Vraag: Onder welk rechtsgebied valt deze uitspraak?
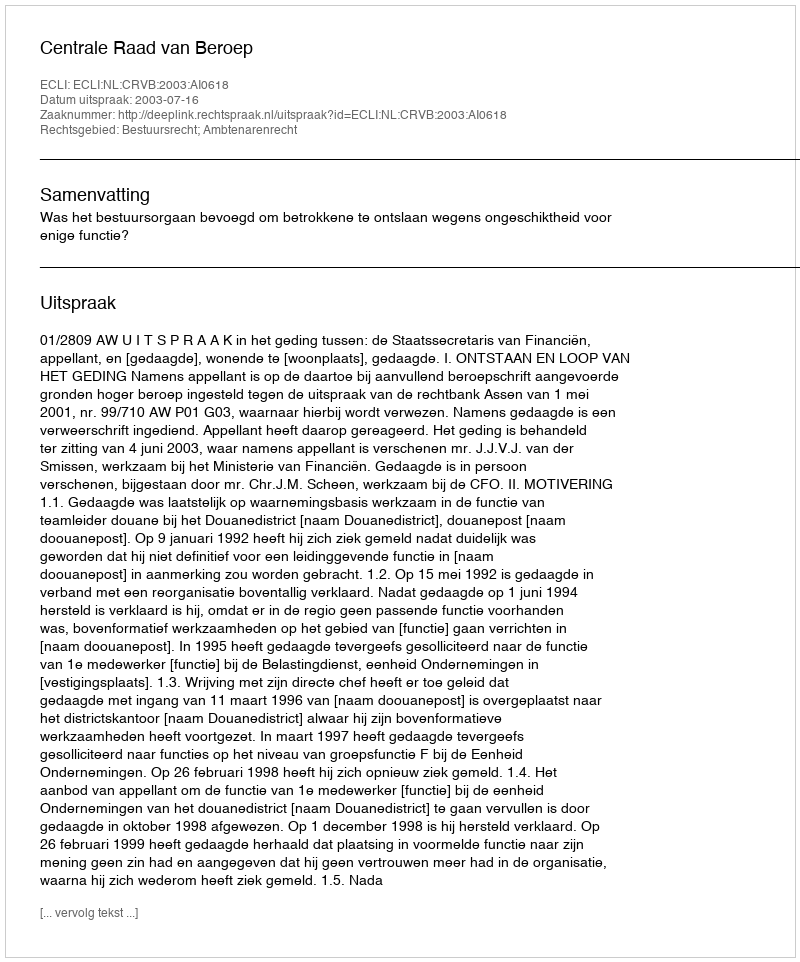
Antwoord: Bestuursrecht; Ambtenarenrecht